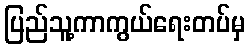
ပြည်သူ့ကာကွယ်ရေးတပ်မှ